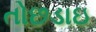
તોછડાઇ